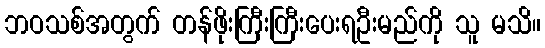
ဘဝသစ်အတွက် တန်ဖိုးကြီးကြီးပေးရဦးမည်ကို သူ မသိ။